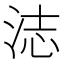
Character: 𬇨